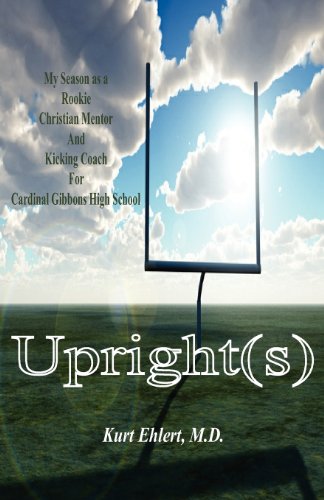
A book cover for Upright(s): My Season as a Rookie Christian Mentor and Kicking Coach for Cardinal Gibbons High School; Kurt Ehlert; Sports & Outdoors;